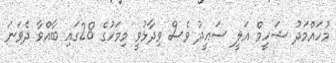
މުހައްމަދު ޝަހީމް އަލީ ސައީދު ވެސް ވިދާޅުވީ މިމަހުގެ 28ގައި ބާއްވާ ދެވަނަ